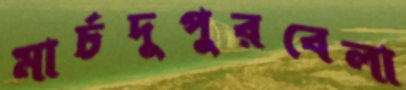
মার্চদুপুরবেলা